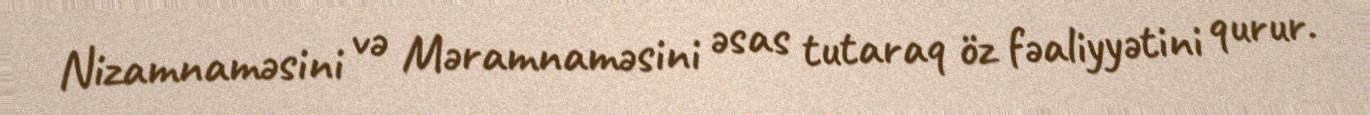
Nizamnaməsini və Məramnaməsini əsas tutaraq öz fəaliyyətini qurur.